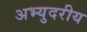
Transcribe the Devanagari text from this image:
अभ्युदरीय